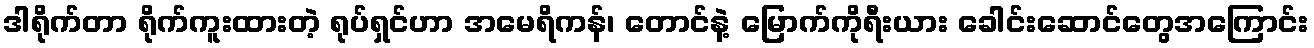
ဒါရိုက်တာ ရိုက်ကူးထားတဲ့ ရုပ်ရှင်ဟာ အမေရိကန်၊ တောင်နဲ့ မြောက်ကိုရီးယား ခေါင်းဆောင်တွေအကြောင်း